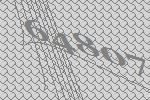
64807